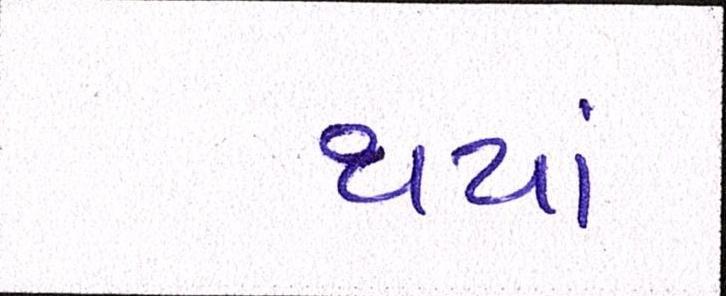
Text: થયાં